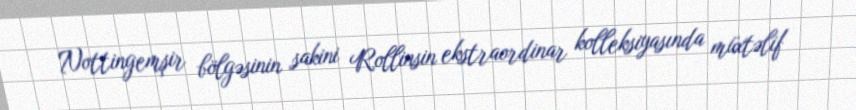
Nottingemşir bölgəsinin sakini Rollinsin ekstraordinar kolleksiyasında müxtəlif